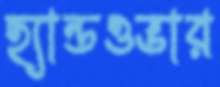
হ্যান্ডওভার